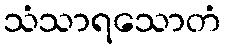
သံသာရသောတံ